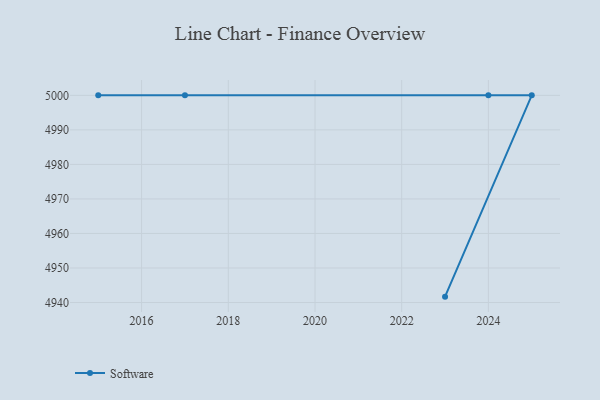
{"axis": {"x": "Year", "y": "Latency (ms)"}, "legend": ["Software"], "data": [{"x": "2023", "y": 4941.7, "type": "Software"}, {"x": "2025", "y": 5000, "type": "Software"}, {"x": "2017", "y": 5000, "type": "Software"}, {"x": "2024", "y": 5000, "type": "Software"}, {"x": "2015", "y": 5000, "type": "Software"}]}